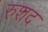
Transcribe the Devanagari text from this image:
रुशद